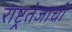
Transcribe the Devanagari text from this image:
राष्ट्रतेजाची